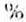
%